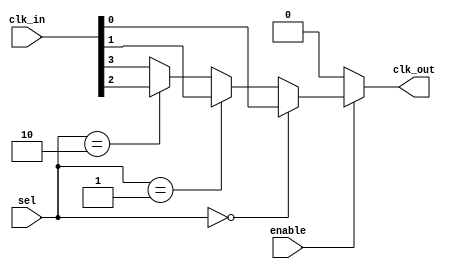
module CMUX_Buffer #(
    parameter NUM_CLOCKS = 4  // Number of clock inputs
)(
    input wire [NUM_CLOCKS-1:0] clk_in,  // Multiple clock inputs
    input wire [ $clog2(NUM_CLOCKS)-1:0 ] sel,  // Control signal to select clock
    input wire enable,  // Enable signal
    output wire clk_out  // Buffered clock output
);

    // Internal wire to connect the selected clock input
    wire selected_clk;
    wire clk_buffered;

    // Multiplexer to select the appropriate clock input based on 'sel'
    assign selected_clk = (sel == 0) ? clk_in[0] :
                          (sel == 1) ? clk_in[1] :
                          (sel == 2) ? clk_in[2] :
                          clk_in[3]; // Default case for sel=3

    // Buffering logic: When enabled, drive the buffered clock output
    assign clk_buffered = enable ? selected_clk : 1'b0;

    // Drive the final output clock
    assign clk_out = clk_buffered;

endmodule